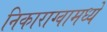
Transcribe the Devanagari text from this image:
निकाराग्वामध्ये